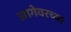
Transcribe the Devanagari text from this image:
जागेवरच्या